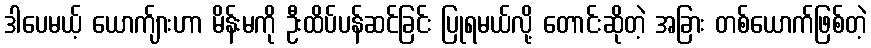
ဒါပေမယ့် ယောက်ျားဟာ မိန်းမကို ဦးထိပ်ပန်ဆင်ခြင်း ပြုရမယ်လို့ တောင်းဆိုတဲ့ အခြား တစ်ယောက်ဖြစ်တဲ့